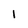
Character: I